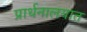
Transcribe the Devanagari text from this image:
प्रार्थनालयात